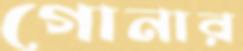
গোনার